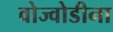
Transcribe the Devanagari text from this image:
वोज्वोडीना